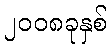
၂၀၀၈ခုနှစ်